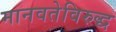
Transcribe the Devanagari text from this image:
मानवतेविरुद्ध